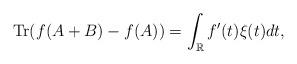
LaTeX: \begin{align*}{\rm Tr}(f(A+B)-f(A))=\int_\mathbb R f'(t) \xi(t) dt,\end{align*}